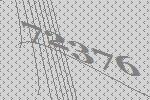
72376